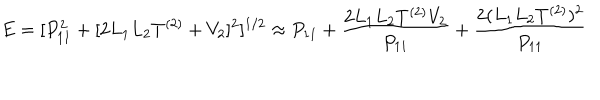
E = [ P _ { 1 1 } ^ { 2 } + [ 2 L _ { 1 } L _ { 2 } T ^ { ( 2 ) } + V _ { 2 } ] ^ { 2 } ] ^ { 1 / 2 } \approx P _ { 1 1 } + \frac { 2 L _ { 1 } L _ { 2 } T ^ { ( 2 ) } V _ { 2 } } { P _ { 1 1 } } + { \frac { 2 ( L _ { 1 } L _ { 2 } T ^ { ( 2 ) } ) ^ { 2 } } { P _ { 1 1 } } }